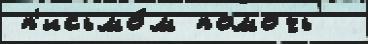
п'исьмо́м помочь